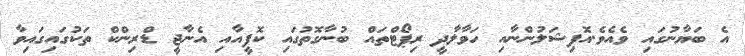
އެ ބަޔާނުގައި ވެއެވެ.އޮފިޝަލުންނާއި ހަވާލާދީ ރިޕޯޓްތައް ބުނާގޮތުގައި ކޮފީއާއި އެނާޖީ ޑްރިންކް ތަކުގައިގައިވާ